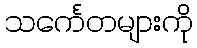
သင်္ကေတများကို